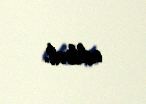
edilirdi.